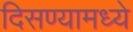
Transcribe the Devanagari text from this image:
दिसण्यामध्ये